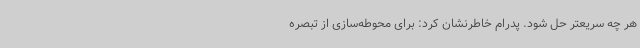
هر چه سریعتر حل شود. پدرام خاطرنشان کرد: برای محوطه‌سازی از تبصره